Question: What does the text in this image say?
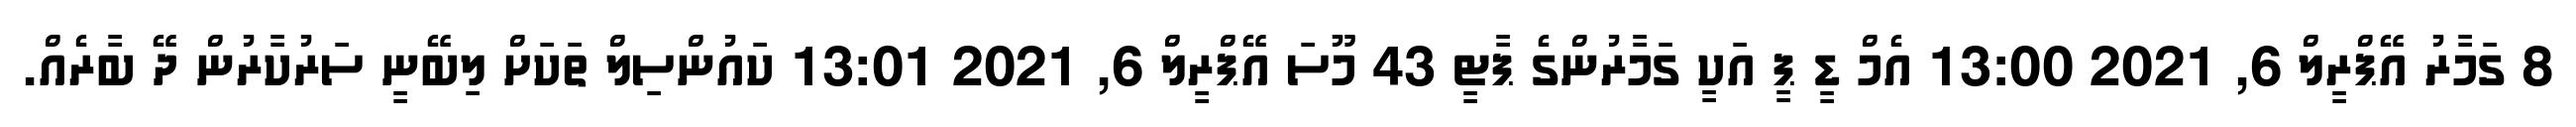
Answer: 8 ގަމާރު އޭޕްރީލް 6, 2021 13:00 އެމް ޑީ ޕީ އަކީ ގަމާރުންގެ ޕާޓީ 43 މޫސަ އޭޕްރީލް 6, 2021 13:01 ކައުންސިލް ތަކަށް ލިބޭނީ ސަރުކާރުން ދޭ ބާރެއް.